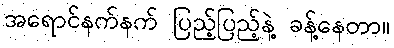
အရောင်နက်နက် ပြည့်ပြည့်နဲ့ ခန့်နေတာ။